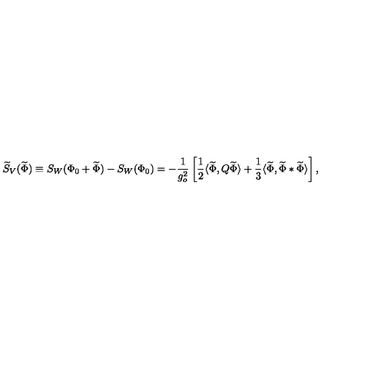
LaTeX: \widetilde { S } _ { V } ( \widetilde { \Phi } ) \equiv S _ { W } ( \Phi _ { 0 } + \widetilde { \Phi } ) - S _ { W } ( \Phi _ { 0 } ) = - \frac { 1 } { g _ { o } ^ { 2 } } \left[ \frac { 1 } { 2 } \langle \widetilde { \Phi } , Q \widetilde { \Phi } \rangle + \frac { 1 } { 3 } \langle \widetilde { \Phi } , \widetilde { \Phi } * \widetilde { \Phi } \rangle \right] ,